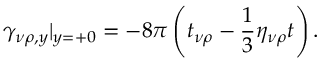
\gamma _ { \nu \rho , y } | _ { y = + 0 } = - 8 \pi \left( t _ { \nu \rho } - \frac 1 3 \eta _ { \nu \rho } t \right) .